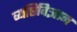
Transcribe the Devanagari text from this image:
व्यष्टिविज्ञान